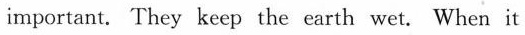
important. They keep the earth wet. When it